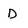
Character: D